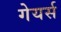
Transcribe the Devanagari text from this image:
गेयर्स